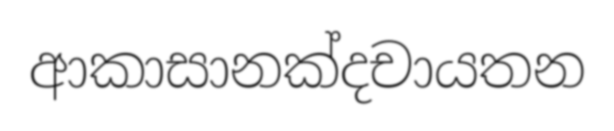
ආකාසානක්දචායතන